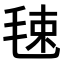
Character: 𣭴